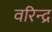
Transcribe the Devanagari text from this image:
वरिन्द्र